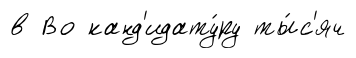
в Во канд'идату́ру ты́с'яч